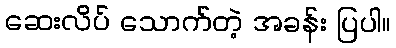
ဆေးလိပ် သောက်တဲ့ အခန်း ပြပါ။